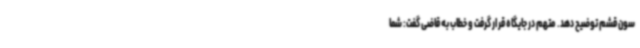
سون قشم توضیح دهد. متهم در جایگاه قرار گرفت و خطاب به قاضی گفت: شما